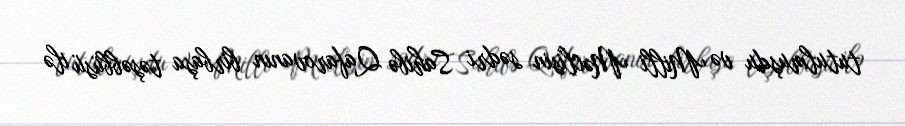
tutulmuşdu və Milli Məclisin sədri Sahibə Qafarovanın birbaşa təşəbbüsü ilə